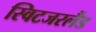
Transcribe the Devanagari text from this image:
स्विटजरर्लैंड